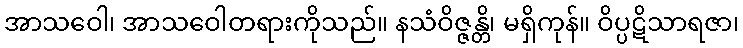
အာသဝေါ၊ အာသဝေါတရားကိုသည်။ နသံဝိဇ္ဇန္တိ၊ မရှိကုန်။ ဝိပ္ပဋိသာရဇာ၊